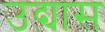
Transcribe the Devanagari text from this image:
उद्यास